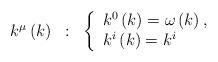
LaTeX: \begin{align*}\begin{array}{ccc}k^\mu \left( k\right) & : & \left\{ \begin{array}{l}k^0\left( k\right) =\omega \left( k\right) , \\ k^i\left( k\right) =k^i\end{array}\right.\end{array}\end{align*}